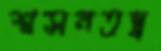
শ্বসনতন্ত্র